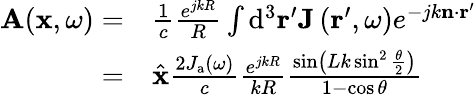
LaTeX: \begin{array}{rl}{\mathbf{A}(\mathbf{x},\omega)=}&{\frac{1}{c}\frac{e^{jkR}}{R}\int\mathrm{d}^{3}\mathbf{r}^{\prime}\mathbf{J}\left(\mathbf{r}^{\prime},\omega\right)e^{-jk\mathbf{n}\cdot\mathbf{r}^{\prime}}}\\ {=}&{{\hat{\mathbf{x}}}\frac{2J_{\mathrm{a}}(\omega)}{c}\frac{e^{jkR}}{kR}\frac{\sin\left(Lk\sin^{2}\frac{\theta}{2}\right)}{1-\cos\theta}}\end{array}